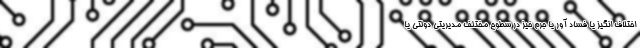
اختلاف انگیز یا فساد آور یا جرم خیز در سطوح مختلف مدیریتی دولتی یا